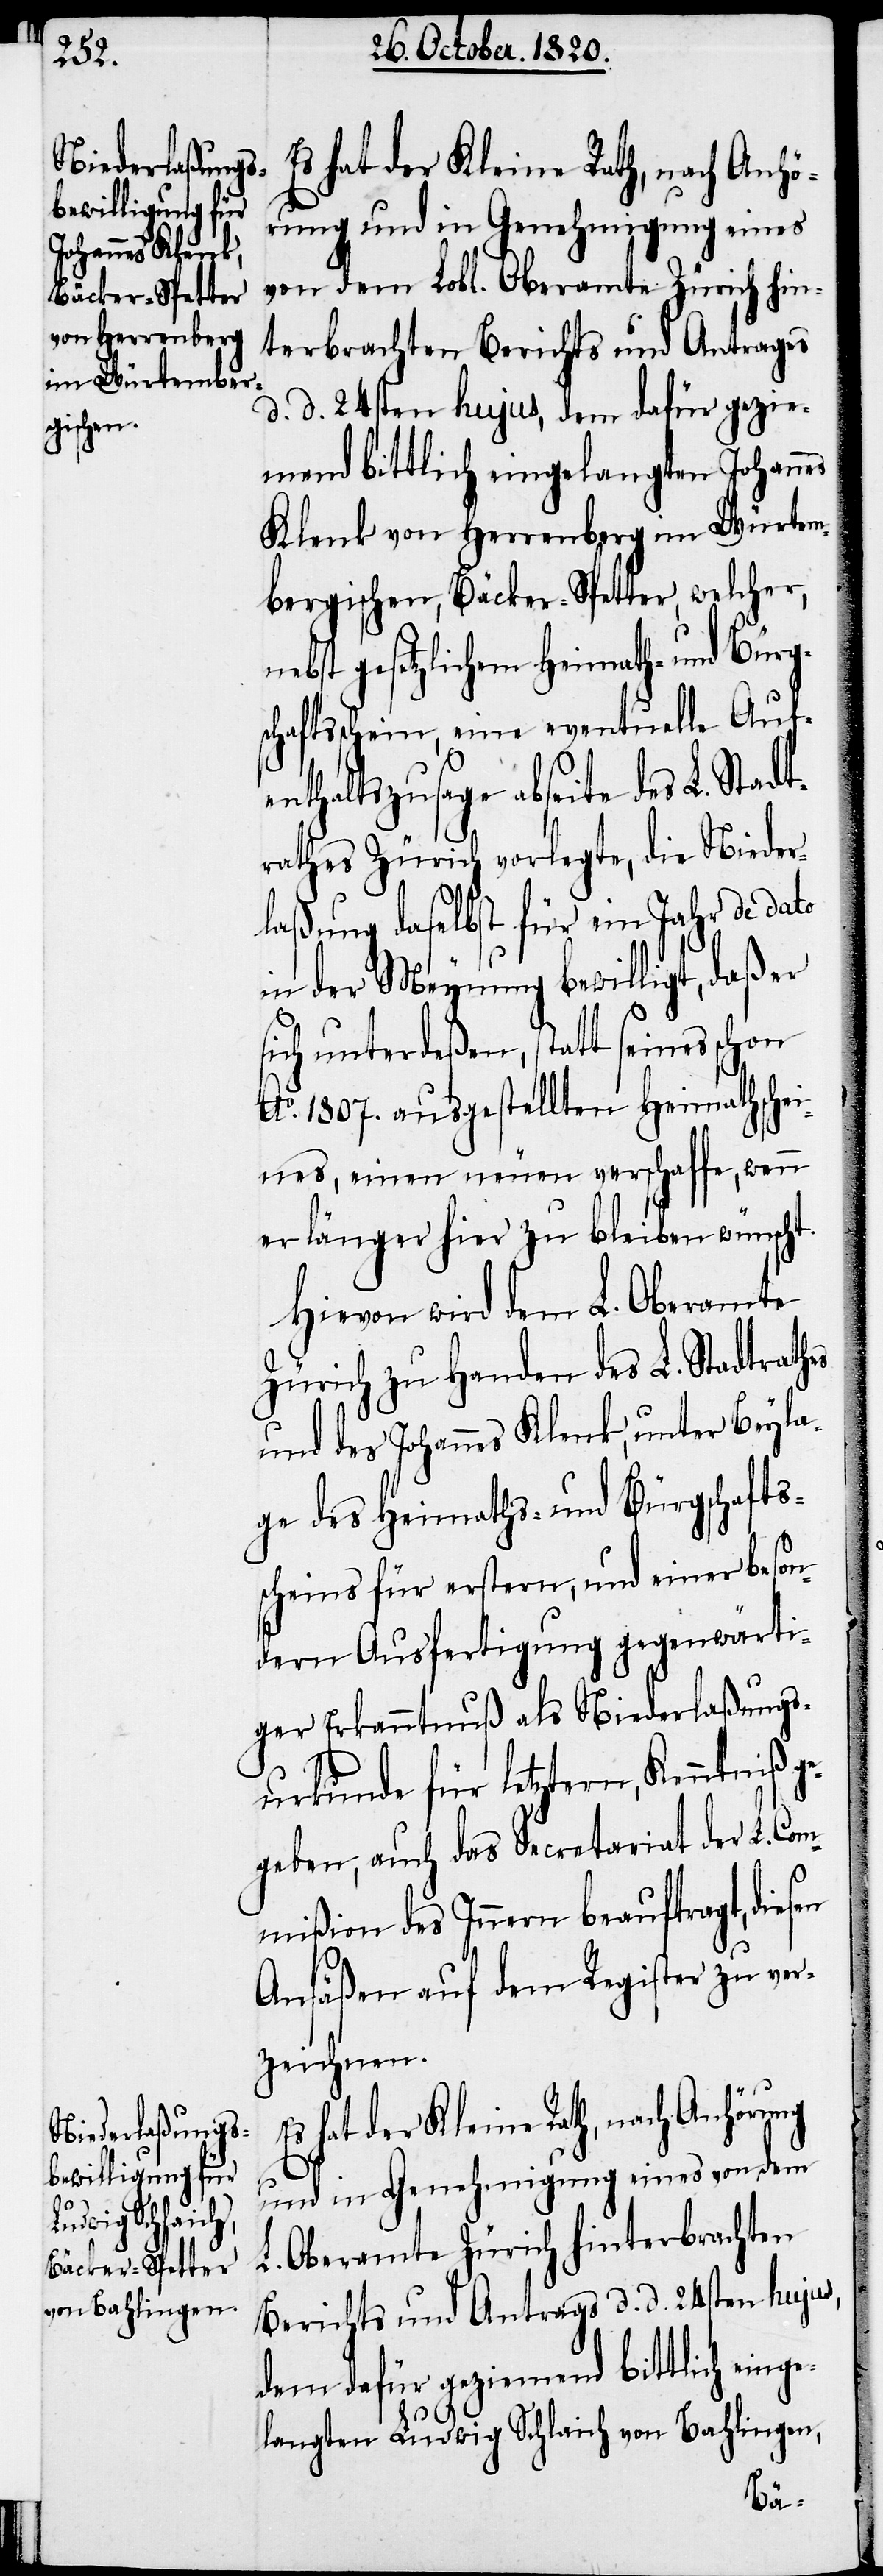
ge des Heimaths¬

Es hat der Kleine Rath, nach Anhö¬
rung und in Genehmigung eines
von dem Lobl. Oberamte Zürich hin¬
terbrachten Berichts und Antrages
d. d. 24sten hujus, dem dafür gezie¬
mend bittlich eingelangten Johannes
Klenk von Herrenberg im Württem¬
bergischen, Bäcker-Spetter, welcher,
nebst gesetzlichem Heimath- und Bürgs¬
chaftsschein, eine eventuelle Aufe¬
nthaltszusage abseite des L. Stadt¬
rathes Zürich vorlegte, die Nieder¬
laßung daselbst für ein Jahr de dato
in der Meynung bewilligt, daß er
sich unterdeßen, statt seines schon
Ao. 1807. ausgestellten Heimathschei¬
nes, einen neuen verschaffe, wenn
er länger hier zu bleiben wünscht.
Hievon wird dem L. Oberamte
Zürich zu Handen des L. Stadtrathes
und des Johannes Klenk, unter Beyla¬
scheins für erstern, und einer beson¬
dern Ausfertigung gegenwärti¬
ger Erkanntnuß als Niederlaßungs¬
urkunde für letztern, Kenntniß g¬
geben, auch das Secretariat der L. Com¬
mißion des Innern beauftragt, diesen
e¬
Ansäßen auf dem Register zu ver¬
zeichnen.
hat der Kleine Rath, nach Anhörung
und in Genehmigung eines von dem
L. Oberamte Zürich hinterbrachten
Berichts und Antrags d. d. 24sten hujus,
dem dafür geziemend bittlich einge¬
langten Ludwig Schlaich von Bahlingen,